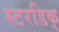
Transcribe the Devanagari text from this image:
स्टरडिक्